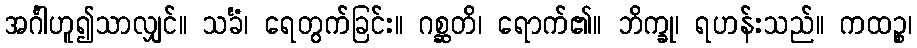
အင်္ဂါဟူ၍သာလျှင်။ သင်္ခံ၊ ရေတွက်ခြင်း။ ဂစ္ဆတိ၊ ရောက်၏။ ဘိက္ခု၊ ရဟန်းသည်။ ကထဉ္စ၊